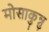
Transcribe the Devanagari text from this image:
मोसाकुन्नु